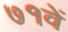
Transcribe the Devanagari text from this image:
७१वें